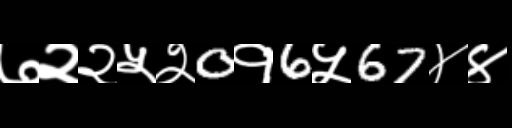
Text: ७२२५२0१6५67४४